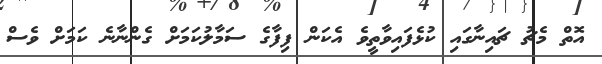
އޮތް މެޗު ޗައިނާގައި ކުޅެފައިވާތީވެ އެކަން ފިފާގެ ސަމާލުކަމަށް ގެންނާނެ ކަމަށް ވެސް